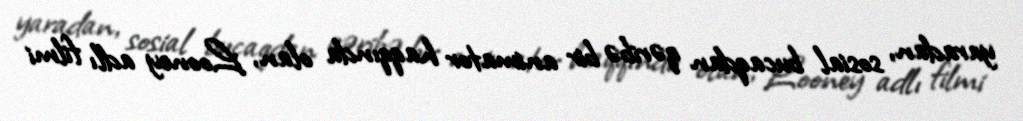
yaradan, sosial bucaqdan qəribə bir animator haqqında olan, Looney adlı filmi